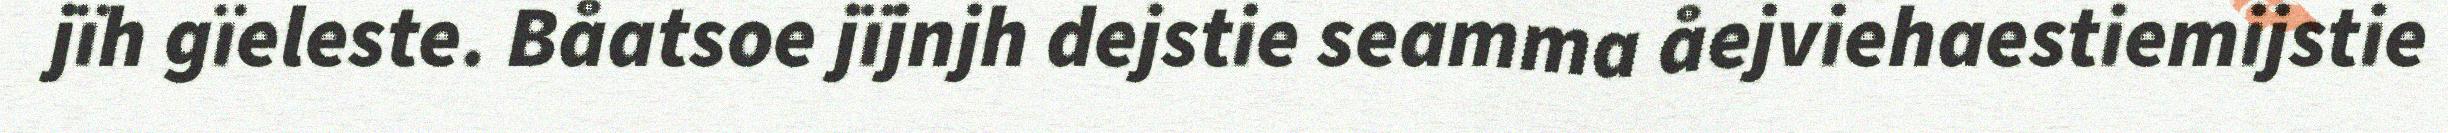
jïh gïeleste. Båatsoe jïjnjh dejstie seamma åejviehaestiemijstie